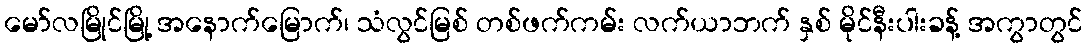
မော်လမြိုင်မြို့ အနောက်မြောက်၊ သံလွင်မြစ် တစ်ဖက်ကမ်း လက်ယာဘက် နှစ် မိုင်နီးပါးခန့် အကွာတွင်